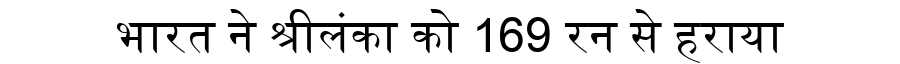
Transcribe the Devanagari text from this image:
भारत ने श्रीलंका को 169 रन से हराया